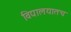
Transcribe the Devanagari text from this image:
विद्यालयातच